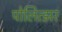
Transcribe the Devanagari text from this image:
पोलित्झर